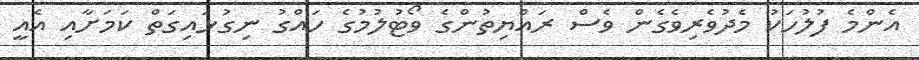
އެންމެ ފުލުހަކު މެދުވެރިވެގެން ވެސް ރައްޔިތުންގެ ވޯޓުލުމުގެ ހައްގު ނިގުޅައިގަތް ކަމަށާއި އެއީ